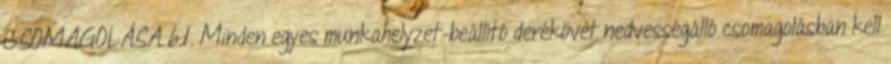
CSOMAGOLÁSA 6.1. Minden egyes munkahelyzet-beállító derékövet nedvességálló csomagolásban kell